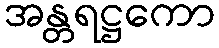
အန္တရဋ္ဌကော